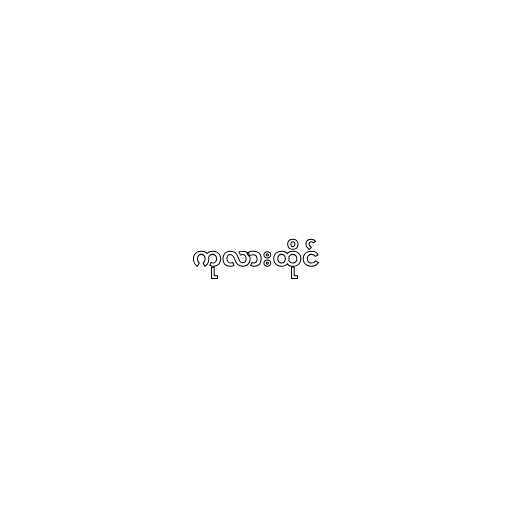
ကုလားထိုင်